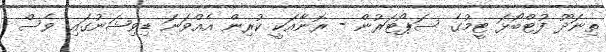
ތިނަދޫ ފުޓްބޯޅަ ޓީމުގެ ސަޕޯޓަރުން - ރޮނާއަކީ ކުރިން އެއްވަނަ ޑިވިޝަނުގައި ވެސް